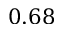
0 . 6 8